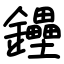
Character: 鑸